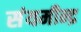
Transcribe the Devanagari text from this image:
संयमीन्द्र